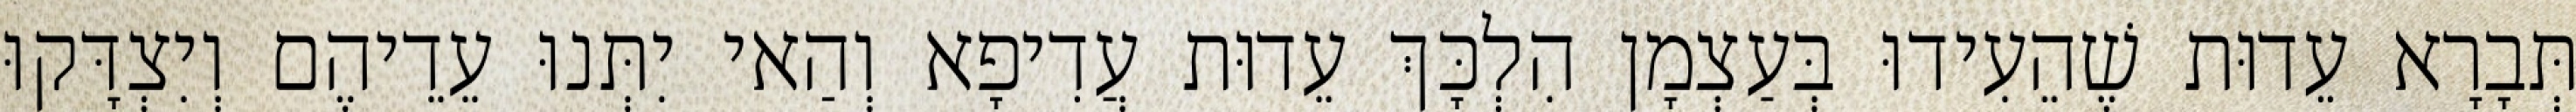
תְּבָרָא עֵדוּת שֶׁהֵעִידוּ בְּעַצְמָן הִלְכָּךְ עֵדוּת עֲדִיפָא וְהַאי יִתְּנוּ עֵדֵיהֶם וְיִצְדָּקוּ